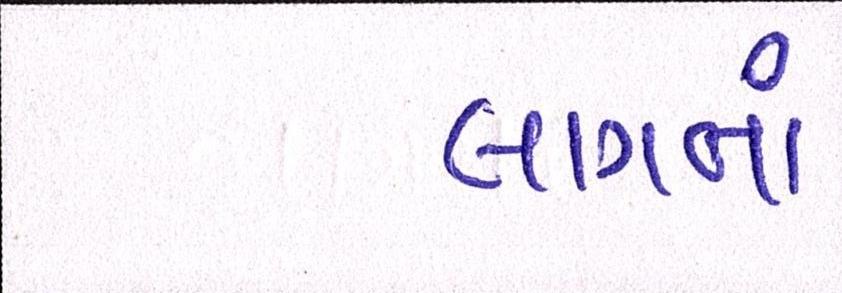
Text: લાગતાં